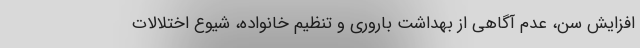
افزایش سن، عدم آگاهی از بهداشت باروری و تنظیم خانواده، شیوع اختلالات